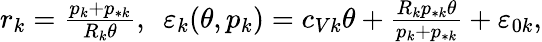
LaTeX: \begin{array}{r}{r_{k}=\frac{p_{k}+p_{*k}}{R_{k}\theta},\ \ \varepsilon_{k}(\theta,p_{k})=c_{Vk}\theta+\frac{R_{k}p_{*k}\theta}{p_{k}+p_{*k}}+\varepsilon_{0k},}\end{array}